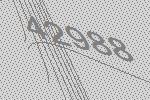
42988